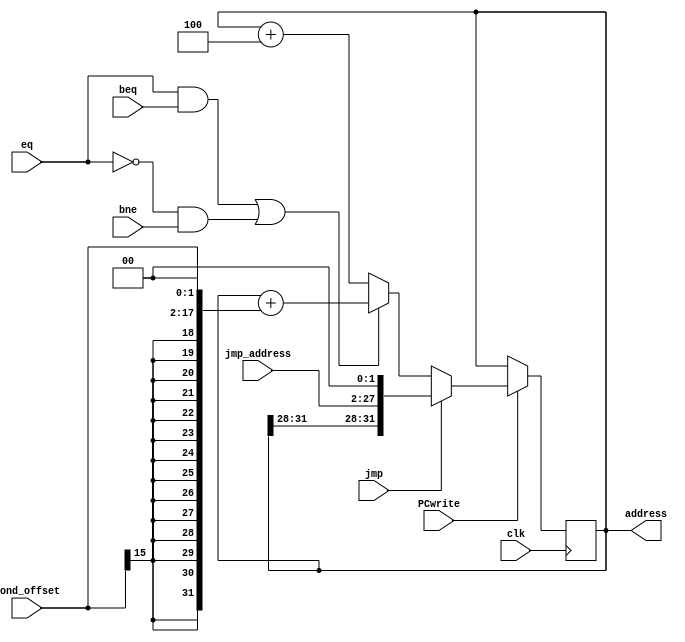
`timescale 1ns/1ns
module PC (
  output reg [31:0] address, 
  input [25:0] jmp_address,
  input [15:0] cond_offset,
  input eq, jmp, beq, bne, PCwrite, clk
);
	reg signed [31:0] s_cond_offset;
	initial address = 32'b0;
	
	always@(cond_offset) s_cond_offset = {{14{cond_offset[15]}}, cond_offset, 2'b0};
	
	always@(posedge clk)begin
  		if(PCwrite)begin
 			if(jmp) address <= {address[31:28],jmp_address,2'b0};
 			else if((eq&beq)|(~eq&bne)) address <= address + s_cond_offset;
 			else address <= address + 32'd4;
  		end
  	end
endmodule